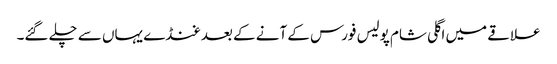
علاقے میں اگلی شام پولیس فورس کے آنے کے بعد غنڈے یہاں سے چلے گئے۔